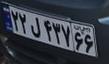
۲۲ل۴۳۷۶۶